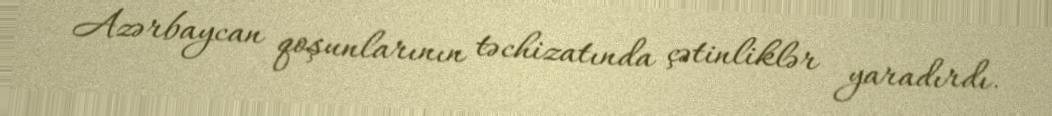
Azərbaycan qoşunlarının təchizatında çətinliklər yaradırdı.